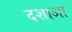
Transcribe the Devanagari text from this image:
दशाआ